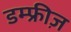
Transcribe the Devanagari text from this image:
डम्फ्रीज़